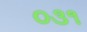
૦૩૧